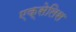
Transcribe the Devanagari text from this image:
एक्सेलिस